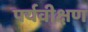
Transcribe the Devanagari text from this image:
पर्यवीक्षण